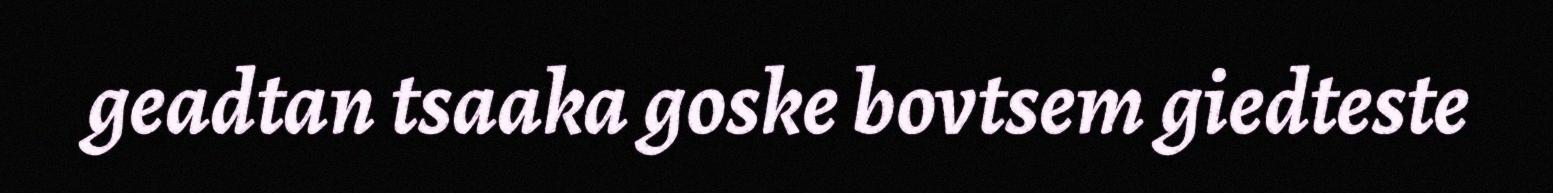
geadtan tsaaka goske bovtsem giedteste